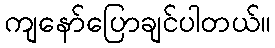
ကျနော်ပြောချင်ပါတယ်။